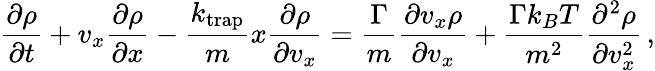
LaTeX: \frac{\partial\rho}{\partial t}+v_{x}\frac{\partial\rho}{\partial x}-\frac{k_{\mathrm{trap}}}{m}x\frac{\partial\rho}{\partial v_{x}}=\frac{\Gamma}{m}\frac{\partial v_{x}\rho}{\partial v_{x}}+\frac{\Gamma k_{B}T}{m^{2}}\frac{\partial^{2}\rho}{\partial v_{x}^{2}}\, ,